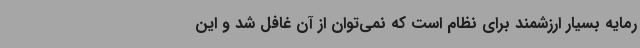
رمایه‌ بسیار ارزشمند برای نظام است که نمی‌توان از آن غافل شد و این